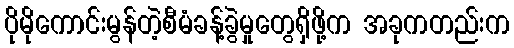
ပိုမိုကောင်းမွန်တဲ့စီမံခန့်ခွဲမှုတွေရှိဖို့က အခုကတည်းက